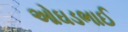
ઓઘડભાઈ